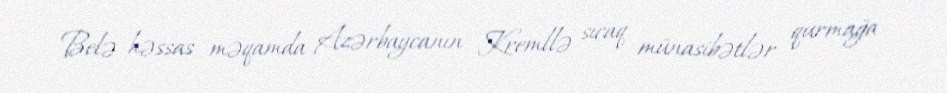
Belə həssas məqamda Azərbaycanın Kremllə sıcaq münasibətlər qurmağa